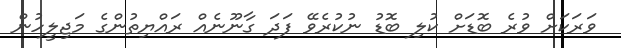
ވަރަކަށް ވުރެ ބޮޑަށް ކުލި ބޮޑު ނުކުރެވޭ ފަދަ ގާނޫނެއް ރައްޔިތުންގެ މަޖިލީހުން